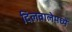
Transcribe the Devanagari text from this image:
दिलवालेमध्ये